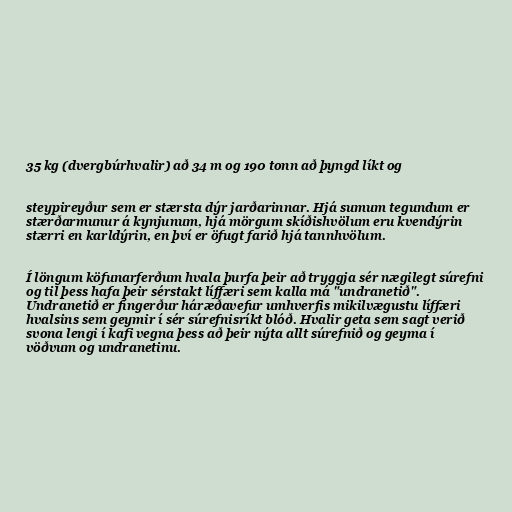
35 kg (dvergbúrhvalir) að 34 m og 190 tonn að þyngd líkt og

steypireyður sem er stærsta dýr jarðarinnar. Hjá sumum tegundum er
stærðarmunur á kynjunum, hjá mörgum skíðishvölum eru kvendýrin
stærri en karldýrin, en því er öfugt farið hjá tannhvölum.

Í löngum köfunarferðum hvala þurfa þeir að tryggja sér nægilegt súrefni
og til þess hafa þeir sérstakt líffæri sem kalla má "undranetið".
Undranetið er fíngerður háræðavefur umhverfis mikilvægustu líffæri
hvalsins sem geymir í sér súrefnisríkt blóð. Hvalir geta sem sagt verið
svona lengi í kafi vegna þess að þeir nýta allt súrefnið og geyma í
vöðvum og undranetinu.